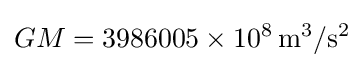
GM=3986005\times 10^{8}\,\mathrm {m^{3}/s^{2}}